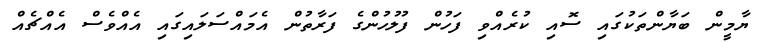
ޔާމީން ބަޔާންތަކުގައި ސޮއި ކުރެއްވި ފަހުން ފުލުހުންގެ ފަރާތުން އެމައްސަލައިގައި އެއްވެސް އެއްޗެއް